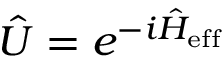
\hat { U } = e ^ { - i \hat { H } _ { \mathrm { e f f } } }